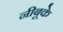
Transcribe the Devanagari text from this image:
नीबूके